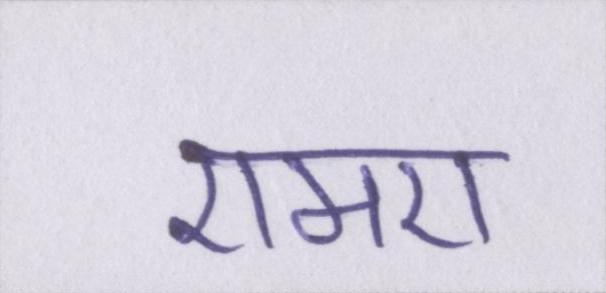
एमए